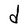
Character: d